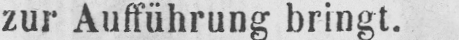
zur Aufführung bringt.